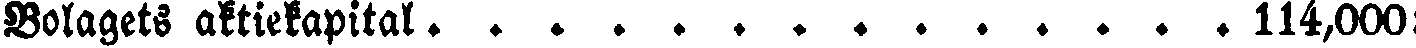
Bolagets aktiekapital 114,000: